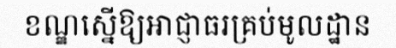
ខណ្ឌស្នើឱ្យអាជ្ញាធរគ្រប់មូលដ្ឋាន